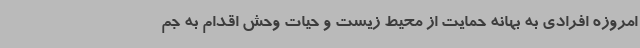
امروزه افرادی به بهانه حمایت از محیط زیست و حیات‌ وحش اقدام به جم